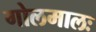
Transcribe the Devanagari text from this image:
गोलमालः